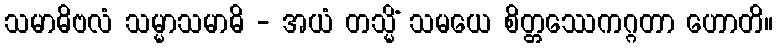
သမာဓိဗလံ သမ္မာသမာဓိ - အယံ တသ္မိံ သမယေ စိတ္တဿေကဂ္ဂတာ ဟောတိ။